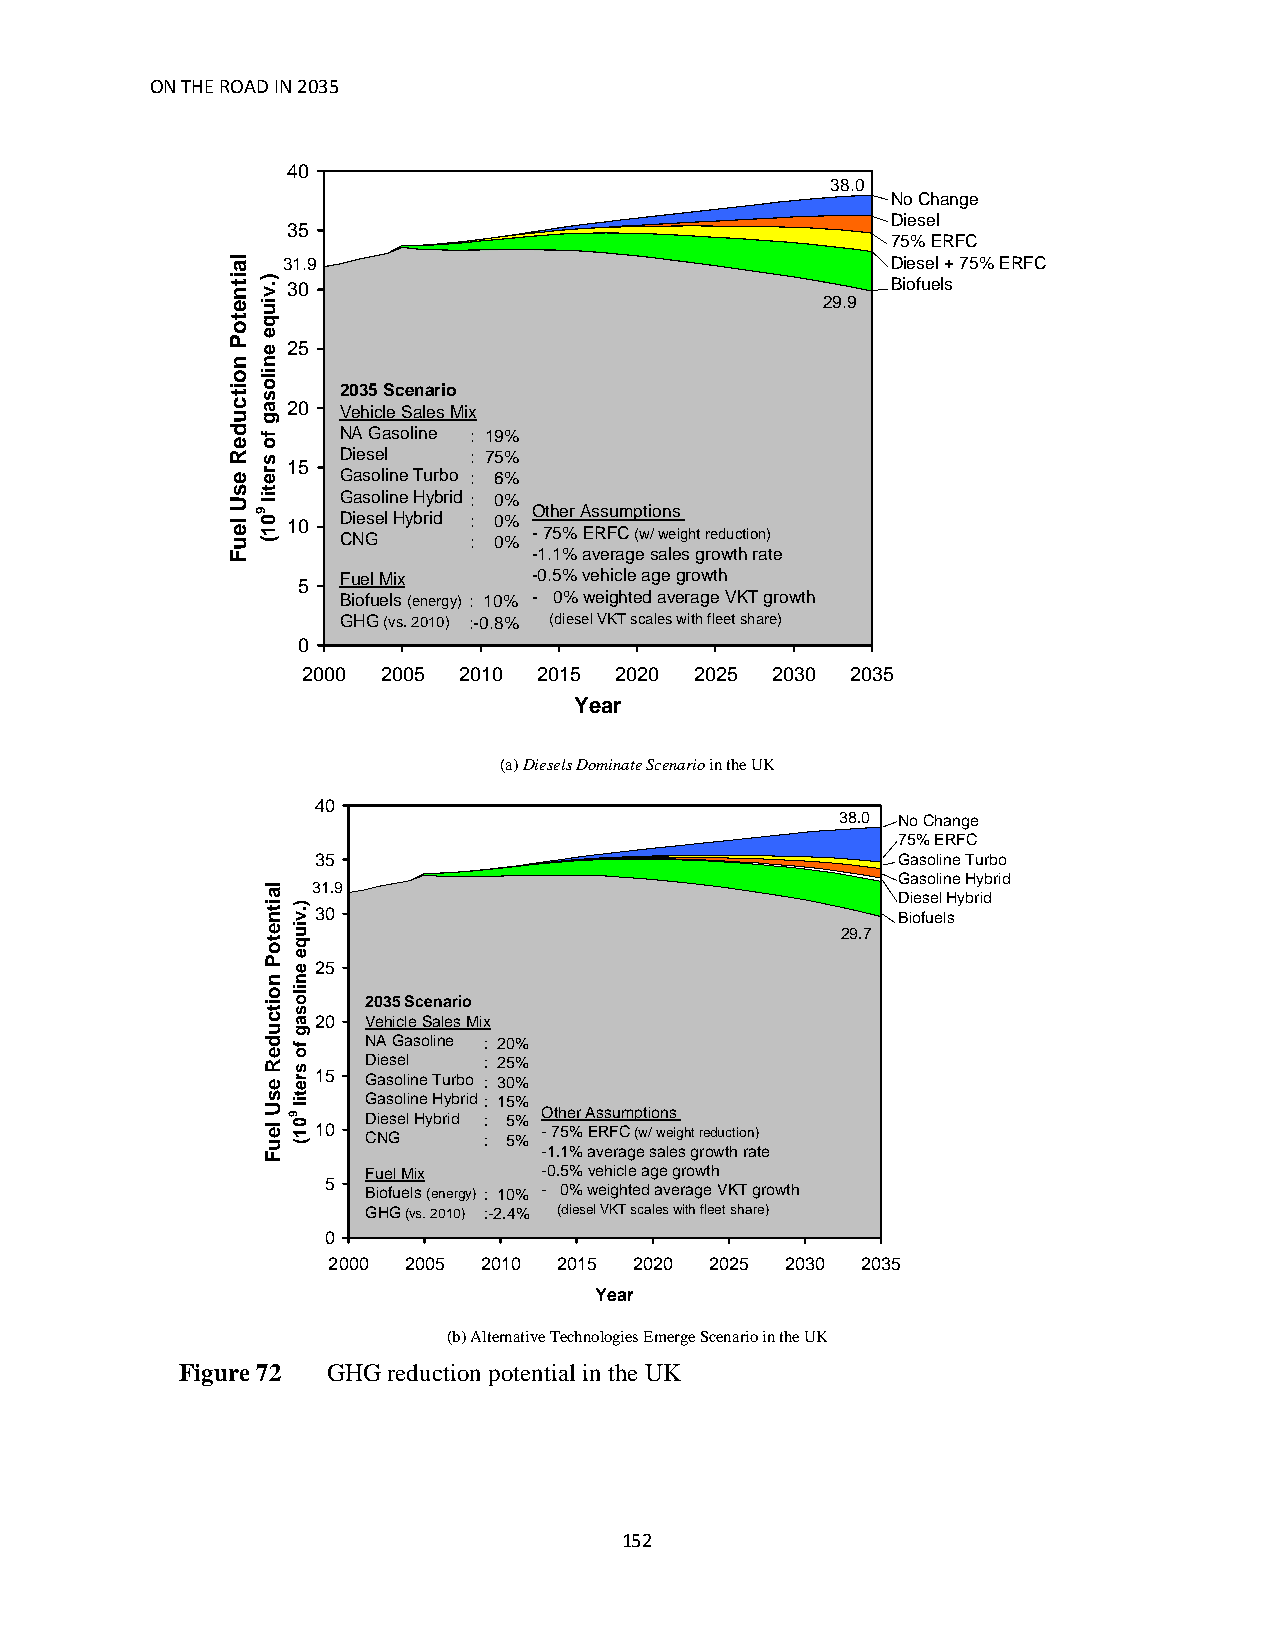
ON THE ROAD IN 2035
 40
 38.0
 No Change
 Diesel
 35
 75% ERFC
 31.9                                    Diesel + 75% ERFC
 30                                      Biofuels
 29.9
 29.9
 25
 2035 Scenario
 20 Vehicle Sales Mix
 NA Gasoline : 19%
 Diesel   : 75% 15
 Gasoline Turbo : 6%
 Gasoline Hybrid : 0%
 Other Assumptions 10 Diesel Hybrid : 0%
 CNG      : 0% - 75% ERFC (w/ weight reduction)
 -1.1% average sales growth rate
 5 Fuel Mix     -0.5% vehicle age growth
 Biofuels (energy) : 10% - 0% weighted average VKT growth
 GHG (vs. 2010) :-0.8% (diesel VKT scales with fleet share)
 0
 2000 2005 2010  2015 2020 2025 2030 2035
 Year
 (a) Diesels Dominate Scenario in the UK
 40
 38.0 No Change
 75% ERFC
 35                                    Gasoline Turbo
 Gasoline Hybrid
 31.9
 Diesel Hybrid
 30                                    Biofuels
 2299..77
 25
 2035 Scenario
 20 Vehicle Sales Mix
 NA Gasoline : 20%
 Diesel  : 25%
 15 Gasoline Turbo : 30%
 Gasoline Hybrid : 15%
 Diesel Hybrid : 5% Other Assumptions
 10 CNG     : 5% - 75% ERFC (w/ weight reduction)
 -1.1% average sales growth rate
 Fuel Mix    -0.5% vehicle age growth
 5
 Biofuels (energy) : 10% - 0% weighted average VKT growth
 GHG (vs. 2010) :-2.4% (diesel VKT scales with fleet share)
 0
 2000 2005 2010 2015 2020 2025 2030 2035
 Year
 (b) Alternative Technologies Emerge Scenario in the UK
 Figure 72 GHG reduction potential in the UK
 152
 laitnetoP
 noitcudeR
 esU
 leuF
 ).viuqe
 enilosag
 fo
 sretil
 901(
 laitnetoP
 noitcudeR
 esU
 leuF
 ).viuqe
 enilosag
 fo
 sretil
 901(